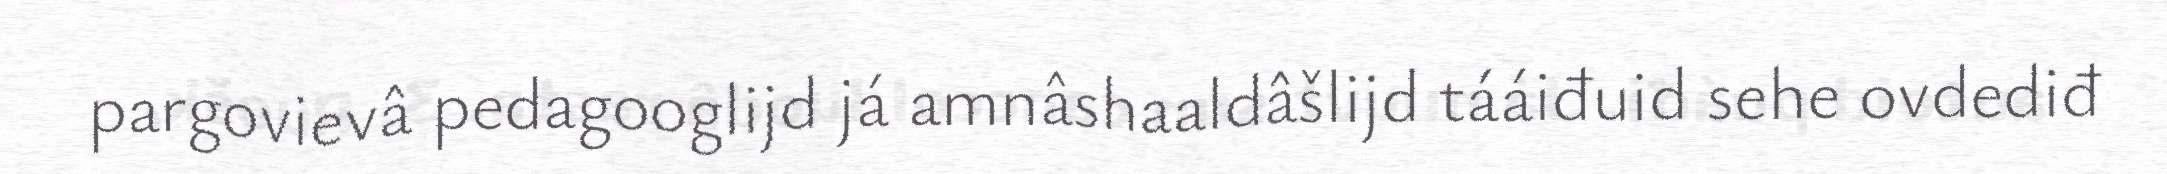
pargovievâ pedagooglijd já amnâshaaldâšlijd tááiđuid sehe ovdediđ